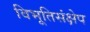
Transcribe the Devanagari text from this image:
विभूतिसंक्षेप